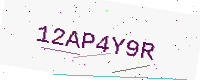
Text: 12AP4Y9R